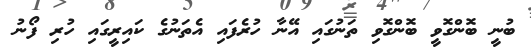
ބުނީ ބޮންގޮވީ ބޮންގޮވި ތަނުގައި އޭނާ ހުރެފައި އެތަނުގެ ކައިރީގައި ހުރި ފޯނު